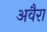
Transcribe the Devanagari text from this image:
अवैरा